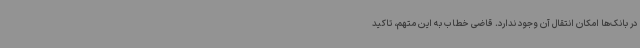
در بانک‌ها امکان انتقال آن وجود ندارد. قاضی خطاب به این متهم، تاکید